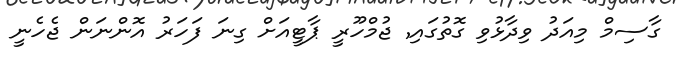
ގާސިމް މިއަދު ވިދާޅުވި ގޮތުގައި